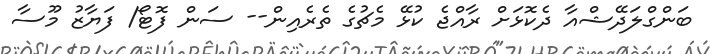
ބަންގްލަދޭޝްއާ ދެކޮޅަށް ރާއްޖެ ކުޅޭ މެޗުގެ ތެރެއިން-- ސަން ފޮޓޯ/ ފަޔާޒު މޫސާ